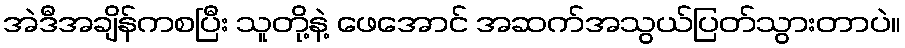
အဲဒီအချိန်ကစပြီး သူတို့နဲ့ ဖေအောင် အဆက်အသွယ်ပြတ်သွားတာပဲ။